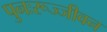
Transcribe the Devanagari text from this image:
पुनःरूज्जीवन